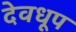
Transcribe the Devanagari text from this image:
देवधूप